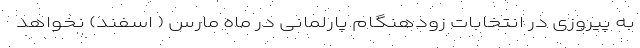
به پیروزی در انتخابات زودهنگام پارلمانی در ماه مارس ( اسفند) نخواهد